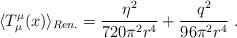
LaTeX: \begin{align*}\langle T^\mu_\mu(x)\rangle_{Ren.}=\frac{\eta^2}{720\pi^2 r^4}+\frac{q^2}{96\pi^2 r^4} \ .\end{align*}